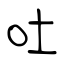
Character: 吐